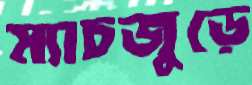
ম্যাচজুড়ে